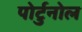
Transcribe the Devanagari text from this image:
पोर्टुनोल